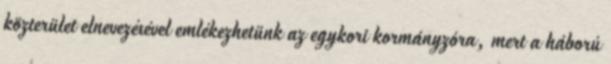
közterület elnevezésével emlékezhetünk az egykori kormányzóra, mert a háború